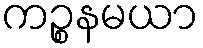
ကဉ္စနမယာ